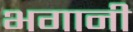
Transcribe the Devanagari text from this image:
भगानी